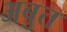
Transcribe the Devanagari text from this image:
अबुत